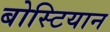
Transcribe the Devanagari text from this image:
बोस्टियान